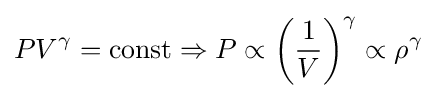
PV^{\gamma }=\mathrm {const} \Rightarrow P\propto \left({\frac {1}{V}}\right)^{\gamma }\propto \rho ^{\gamma }